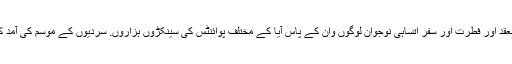
آخر میں، یہ گزشتہ ایک سال دنیا بھر میں ستمبر Gezginfest میں ترکی میں وین میں منعقد اور فطرت اور سفر اتساہی نوجوان لوگوں وان کے پاس آیا کے مختلف پوائنٹس کی سینکڑوں ہزاروں. سردیوں کے موسم کی آمد کے ساتھ ہی ، وانز وانگیلا ایکسپریس کو ایک بار پھر سیاحت کا ستون بننے کی خواہاں ہیں۔